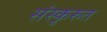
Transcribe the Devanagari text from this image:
संस्कृरुत